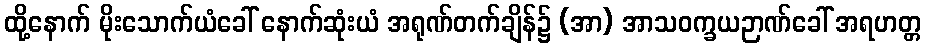
ထို့နောက် မိုးသောက်ယံခေါ် နောက်ဆုံးယံ အရုဏ်တက်ချိန်၌ (အာ) အာသဝက္ခယဉာဏ်ခေါ် အရဟတ္တ